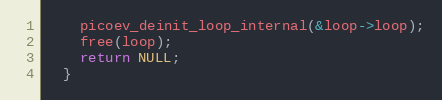
Language: C
    picoev_deinit_loop_internal(&loop->loop);
    free(loop);
    return NULL;
  }